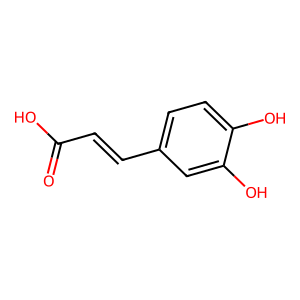
SMILES: O=C(O)C=Cc1ccc(O)c(O)c1
Inhibits HIV replication: No